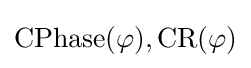
{\textstyle \mathrm {CPhase} (\varphi ),\mathrm {CR} (\varphi )}